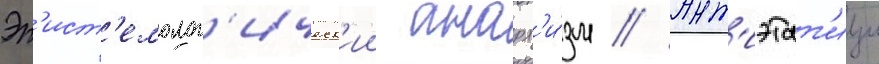
Эп'ист'емолог'ическ'ии анарх'и́зм // Ант'иэтат'изм